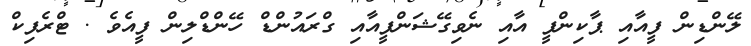
ލޭންޑިން ފީއާއި ޕާކިންފީ އާއި ނެވިގޭޝަންފީއާއި ގްރައުންޑް ހޭންޑްލިން ފީއެވެ . ޓްރެފިކް